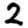
Digit: 2